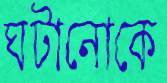
ঘটানোকে